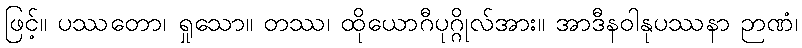
ဖြင့်။ ပဿတော၊ ရှုသော။ တဿ၊ ထိုယောဂီပုဂ္ဂိုလ်အား။ အာဒီနဝါနုပဿနာ ဉာဏံ၊